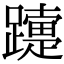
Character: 𨆫